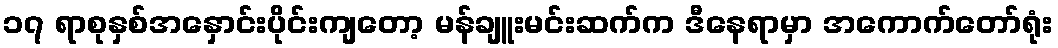
၁၇ ရာစုနှစ်အနှောင်းပိုင်းကျတော့ မန်ချူးမင်းဆက်က ဒီနေရာမှာ အကောက်တော်ရုံး